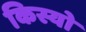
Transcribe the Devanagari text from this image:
किस्यो